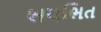
ભયભિત